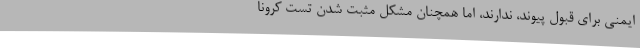
ایمنی برای قبول پیوند، ندارند، اما همچنان مشکل مثبت شدن تست کرونا